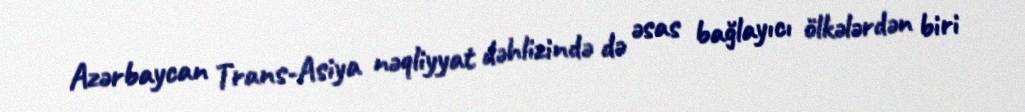
Azərbaycan Trans-Asiya nəqliyyat dəhlizində də əsas bağlayıcı ölkələrdən biri